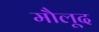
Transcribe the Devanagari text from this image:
मौलूद